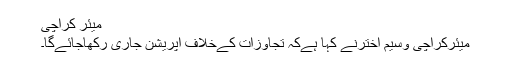
میئر کراچی
میئرکراچی وسیم اخترنے کہا ہےکہ تجاوزات کےخلاف آپریشن جاری رکھاجائےگا۔